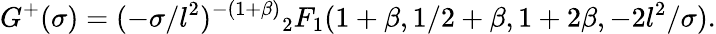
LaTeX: G^{+}(\sigma)=(-\sigma/l^{2})^{-(1+\beta)}{}_{2}F_{1}(1+\beta,1/2+\beta,1+2\beta,-2l^{2}/\sigma).